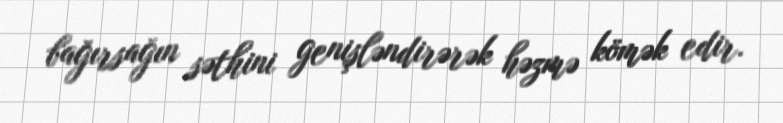
bağırsağın səthini genişləndirərək həzmə kömək edir.